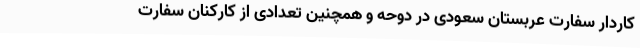
کاردار سفارت عربستان سعودی در دوحه و همچنین تعدادی از کارکنان سفارت